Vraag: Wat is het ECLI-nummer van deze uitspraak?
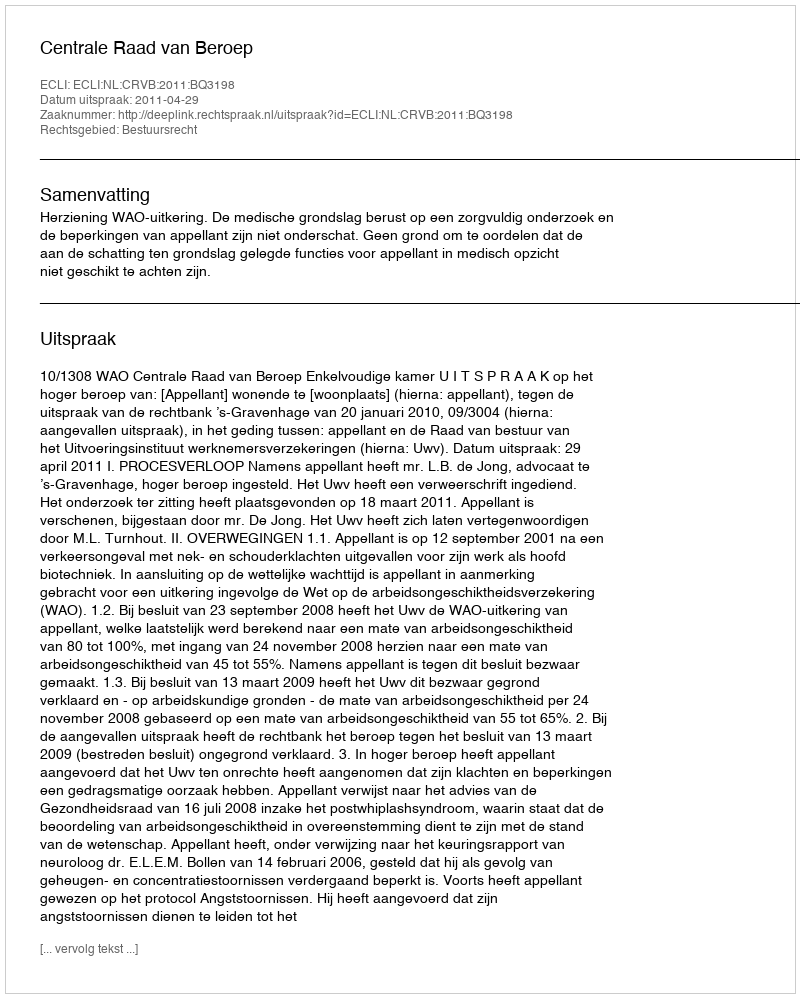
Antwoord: ECLI:NL:CRVB:2011:BQ3198